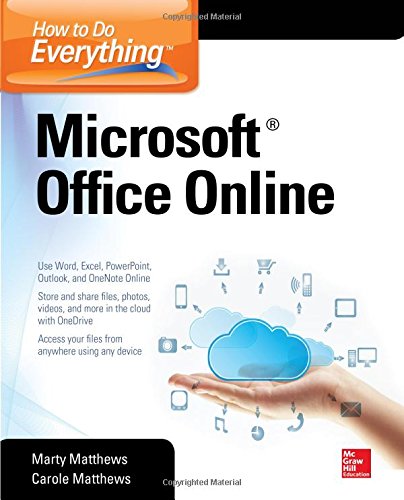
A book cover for How to Do Everything: Microsoft Office Online; Carole Matthews; Computers & Technology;